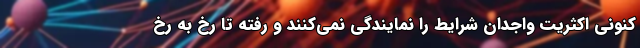
کنونی اکثریت واجدان شرایط را نمایندگی نمی‌کنند و رفته تا رخ به رخ